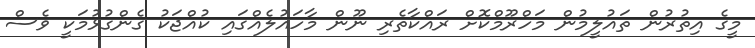
މީގެ އިތުރުން ތައުލީމުން މަހްރޫމްކޮށް ރައްކާތެރި ނޫން މާހައުލެއްގައި ކުއްޖަކު ގެންގުޅުމަކީ ވެސް